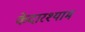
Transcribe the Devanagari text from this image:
केदारश्याम